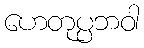
ဟေတုပ္ပဘဝါ